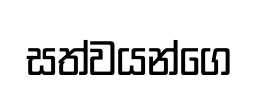
සත්වයන්ගෙ